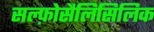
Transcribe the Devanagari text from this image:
सल्फ़ोसैलिसिलिक